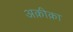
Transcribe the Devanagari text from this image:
अक़ीक़ा